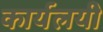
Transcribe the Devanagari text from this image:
कार्यलयी